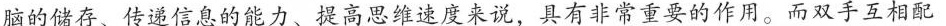
脑的储存、传递信息的能力、提高思维速度来说，具有非常重要的作用。而双手互相配